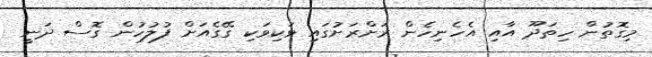
މިގޮތުން ހިތަދޫ އާއި އެހެނިހެން ރަށްރަށުގައި ވަކިވަކި ގޭގެއަށް ފުލުހުން ގޮސް ދަނީ